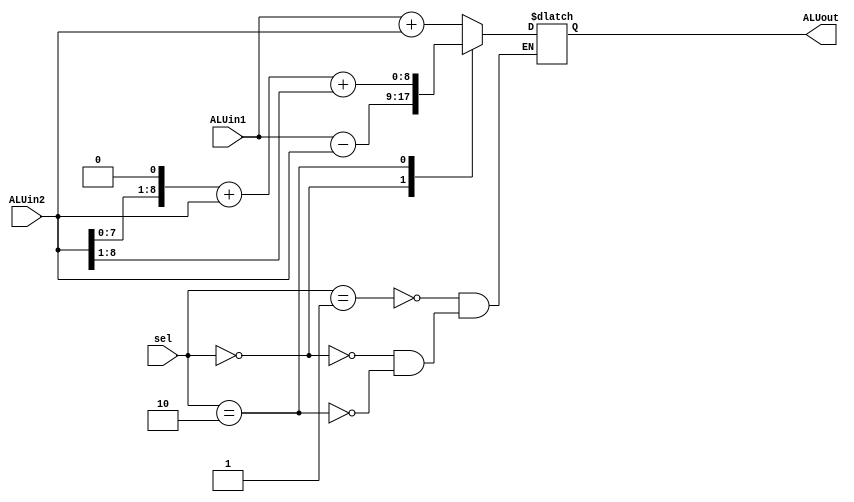
module ALU(
	input wire [8:0] ALUin1,	// a
	input wire [8:0] ALUin2,	// b
	input wire [1:0] sel,		// selector
	output reg [8:0] ALUout);	// output 
	
	parameter ADD = 2'b01;
	parameter SUB = 2'b00;
	parameter MULT = 2'b10;
	//blocking assignment because of combinotoricol logic
	always @(*)
		case (sel)
			ADD:
			begin 
				ALUout = ALUin1 + ALUin2;
			end 
			
			SUB:
			begin 
				ALUout = ALUin1 - ALUin2;
			end
			MULT:
			begin 
				ALUout = (ALUin2 << 1) + ALUin2 + (ALUin2 >> 1);
			end 
		endcase
		
endmodule